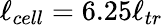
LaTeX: \ell_{cell}=6.25\ell_{tr}